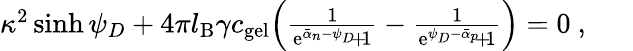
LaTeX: \begin{array}{r}{\kappa^{2}\sinh{\psi_{D}}+4\pi l_{\mathrm{B}}\gamma c_{\mathrm{gel}}\Big(\frac{1}{\mathrm{e}^{\bar{\alpha}_{n}-\psi_{D}}\! +\! 1}-\frac{1}{\mathrm{e}^{\psi_{D}-\bar{\alpha}_{p}}\! +\! 1}\Big)=0\ ,~~~~~~}\end{array}